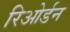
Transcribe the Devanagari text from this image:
रिओर्डन